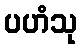
ပဟံသု